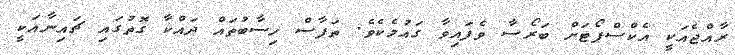
ރާއްޖެއަކީ އެކްސްޕޯޓަށް ބަރޯސާ ވެފައިވާ ގައުމެކެވެ. ތަފާސް ހިސާބުތައް ދައްކާ ގޮތުގައި ޗައިނާއަކީ